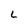
Character: L